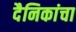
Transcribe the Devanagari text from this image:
दैनिकांचा